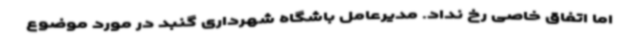
اما اتفاق خاصی رخ نداد. مدیرعامل باشگاه شهرداری گنبد در مورد موضوع